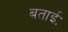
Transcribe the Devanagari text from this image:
बताईः